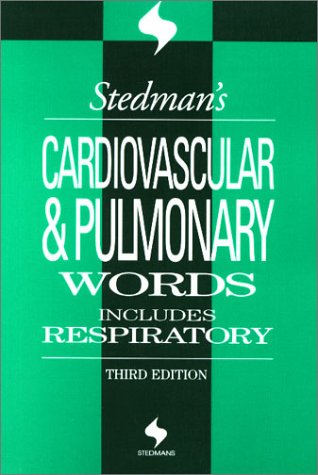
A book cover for Stedman's Cardiovascular & Pulmonary Words: Includes Respiratory; Stedmans; Medical Books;